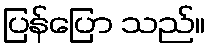
ပြန်ပြော သည်။